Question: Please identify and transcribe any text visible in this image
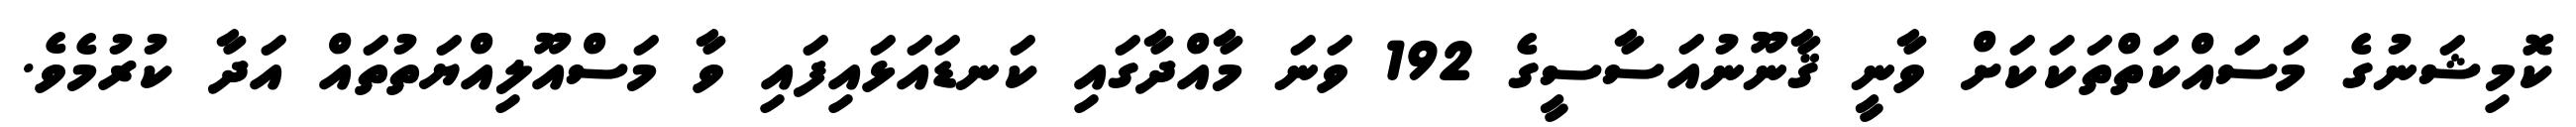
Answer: ކޮމިޝަނުގެ މަސައްކަތްތަކަކަށް ވާނީ ޤާނޫނުއަސާސީގެ 192 ވަނަ މާއްދާގައި ކަނޑައަޅައިފައި ވާ މަސްއޫލިއްޔަތުތައް އަދާ ކުރުމެވެ.